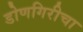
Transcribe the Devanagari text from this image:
डोणगिरीचा